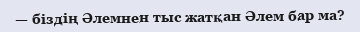
— біздің Әлемнен тыс жатқан Әлем бар ма?